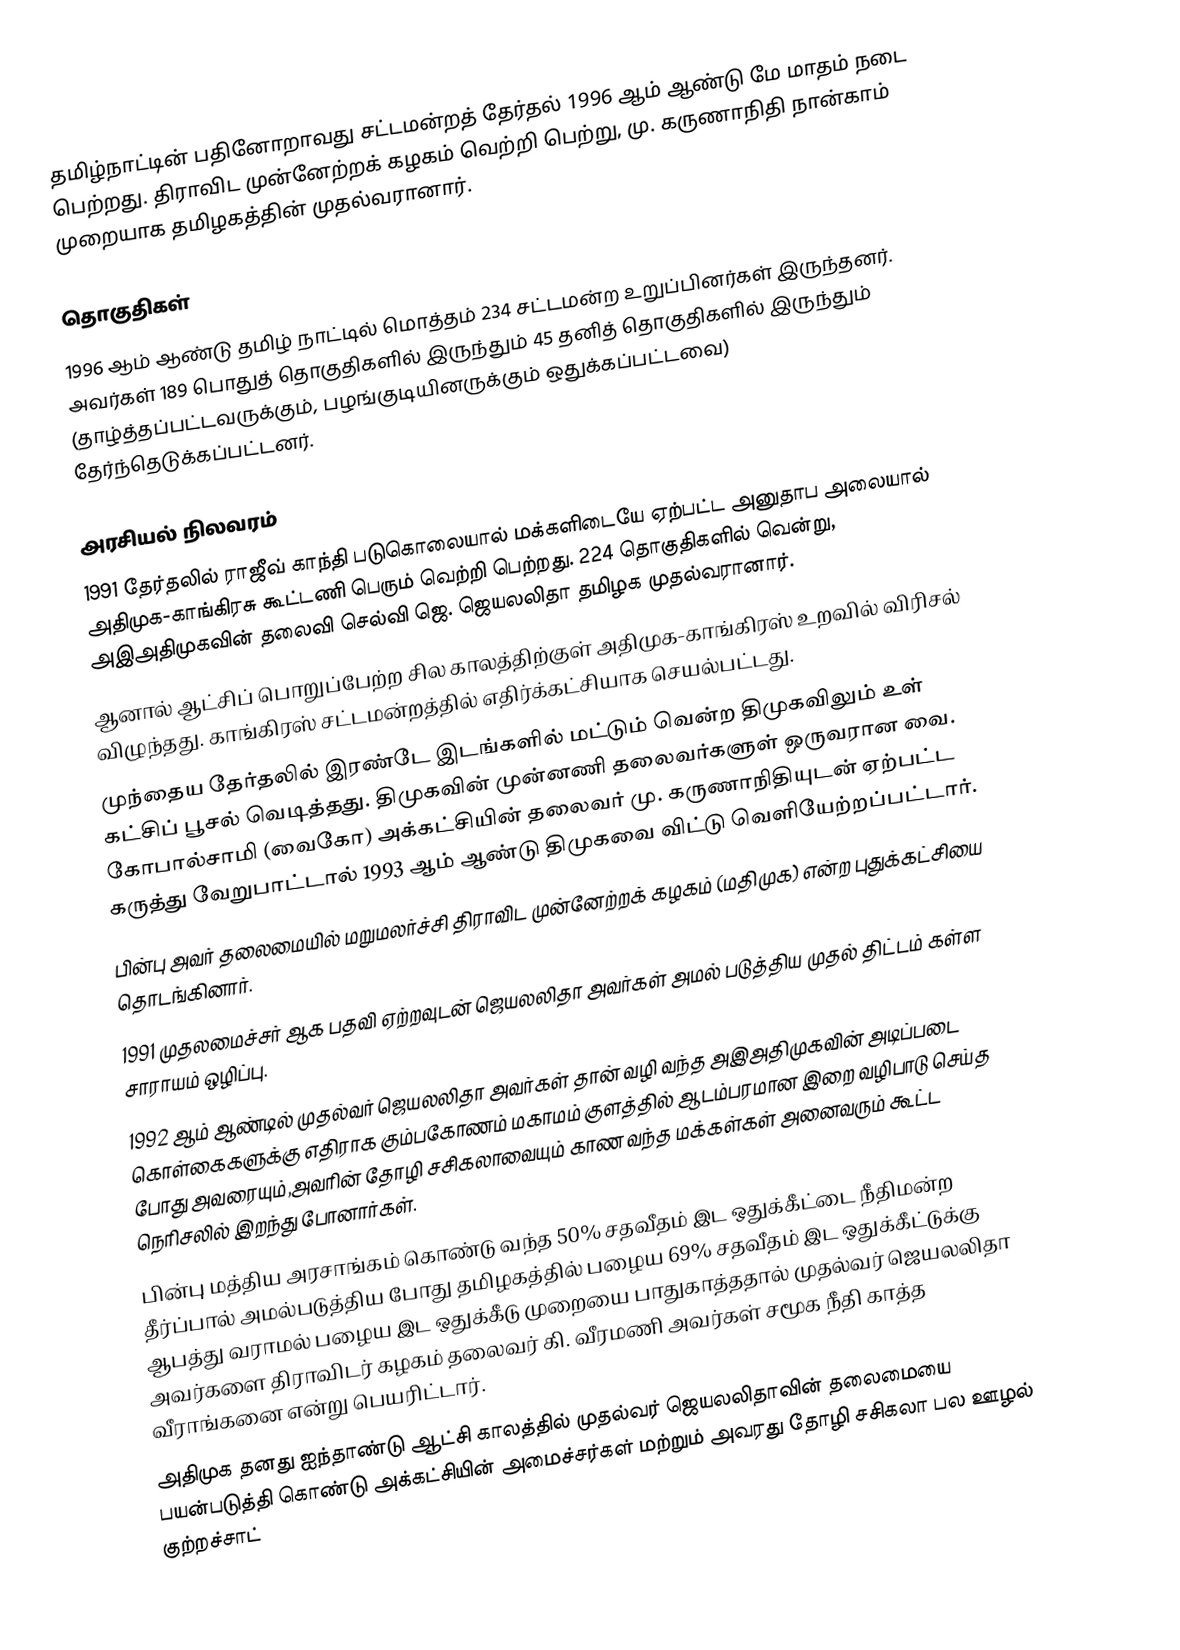
தமிழ்நாட்டின் பதினோறாவது சட்டமன்றத் தேர்தல் 1996 ஆம் ஆண்டு மே மாதம் நடை பெற்றது. திராவிட முன்னேற்றக் கழகம் வெற்றி பெற்று, மு. கருணாநிதி நான்காம் முறையாக தமிழகத்தின் முதல்வரானார்.

தொகுதிகள்
1996 ஆம் ஆண்டு தமிழ் நாட்டில் மொத்தம் 234 சட்டமன்ற உறுப்பினர்கள் இருந்தனர். அவர்கள் 189  பொதுத் தொகுதிகளில் இருந்தும் 45 தனித் தொகுதிகளில் இருந்தும் (தாழ்த்தப்பட்டவருக்கும், பழங்குடியினருக்கும் ஒதுக்கப்பட்டவை) தேர்ந்தெடுக்கப்பட்டனர்.

அரசியல் நிலவரம்
 1991 தேர்தலில் ராஜீவ் காந்தி படுகொலையால் மக்களிடையே ஏற்பட்ட அனுதாப அலையால் அதிமுக-காங்கிரசு கூட்டணி பெரும் வெற்றி பெற்றது. 224 தொகுதிகளில் வென்று, அஇஅதிமுகவின் தலைவி  செல்வி ஜெ. ஜெயலலிதா தமிழக முதல்வரானார்.
 ஆனால் ஆட்சிப் பொறுப்பேற்ற சில காலத்திற்குள் அதிமுக-காங்கிரஸ் உறவில் விரிசல் விழுந்தது. காங்கிரஸ் சட்டமன்றத்தில் எதிர்க்கட்சியாக செயல்பட்டது.
 முந்தைய தேர்தலில் இரண்டே இடங்களில் மட்டும் வென்ற திமுகவிலும் உள் கட்சிப் பூசல் வெடித்தது. திமுகவின் முன்னணி தலைவர்களுள் ஒருவரான வை. கோபால்சாமி (வைகோ) அக்கட்சியின் தலைவர் மு. கருணாநிதியுடன் ஏற்பட்ட கருத்து வேறுபாட்டால் 1993 ஆம் ஆண்டு திமுகவை விட்டு வெளியேற்றப்பட்டார்.
 பின்பு அவர் தலைமையில் மறுமலர்ச்சி திராவிட முன்னேற்றக் கழகம் (மதிமுக) என்ற புதுக்கட்சியை தொடங்கினார்.
 1991 முதலமைச்சர் ஆக பதவி ஏற்றவுடன் ஜெயலலிதா அவர்கள் அமல் படுத்திய முதல் திட்டம் கள்ள சாராயம் ஒழிப்பு.
 1992 ஆம் ஆண்டில் முதல்வர் ஜெயலலிதா அவர்கள் தான் வழி வந்த அஇஅதிமுகவின் அடிப்படை கொள்கைகளுக்கு எதிராக கும்பகோணம் மகாமம் குளத்தில் ஆடம்பரமான இறை வழிபாடு செய்த போது அவரையும்,அவரின் தோழி சசிகலாவையும் காண வந்த மக்கள்கள் அனைவரும் கூட்ட நெரிசலில் இறந்து போனார்கள்.
 பின்பு மத்திய அரசாங்கம் கொண்டு வந்த 50% சதவீதம் இட ஒதுக்கீட்டை நீதிமன்ற தீர்ப்பால் அமல்படுத்திய போது தமிழகத்தில் பழைய 69% சதவீதம் இட ஒதுக்கீட்டுக்கு ஆபத்து வராமல் பழைய இட ஒதுக்கீடு முறையை பாதுகாத்ததால் முதல்வர் ஜெயலலிதா அவர்களை திராவிடர் கழகம் தலைவர் கி. வீரமணி அவர்கள் சமூக நீதி காத்த வீராங்கனை என்று பெயரிட்டார்.
 அதிமுக தனது ஐந்தாண்டு ஆட்சி காலத்தில் முதல்வர் ஜெயலலிதாவின் தலைமையை பயன்படுத்தி கொண்டு அக்கட்சியின் அமைச்சர்கள் மற்றும் அவரது தோழி சசிகலா பல ஊழல் குற்றச்சாட்